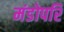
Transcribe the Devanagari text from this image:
मंडोपरि